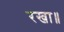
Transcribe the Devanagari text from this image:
रखा॥